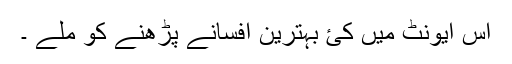
اس ایونٹ میں کئ بہترین افسانے پڑھنے کو ملے ۔